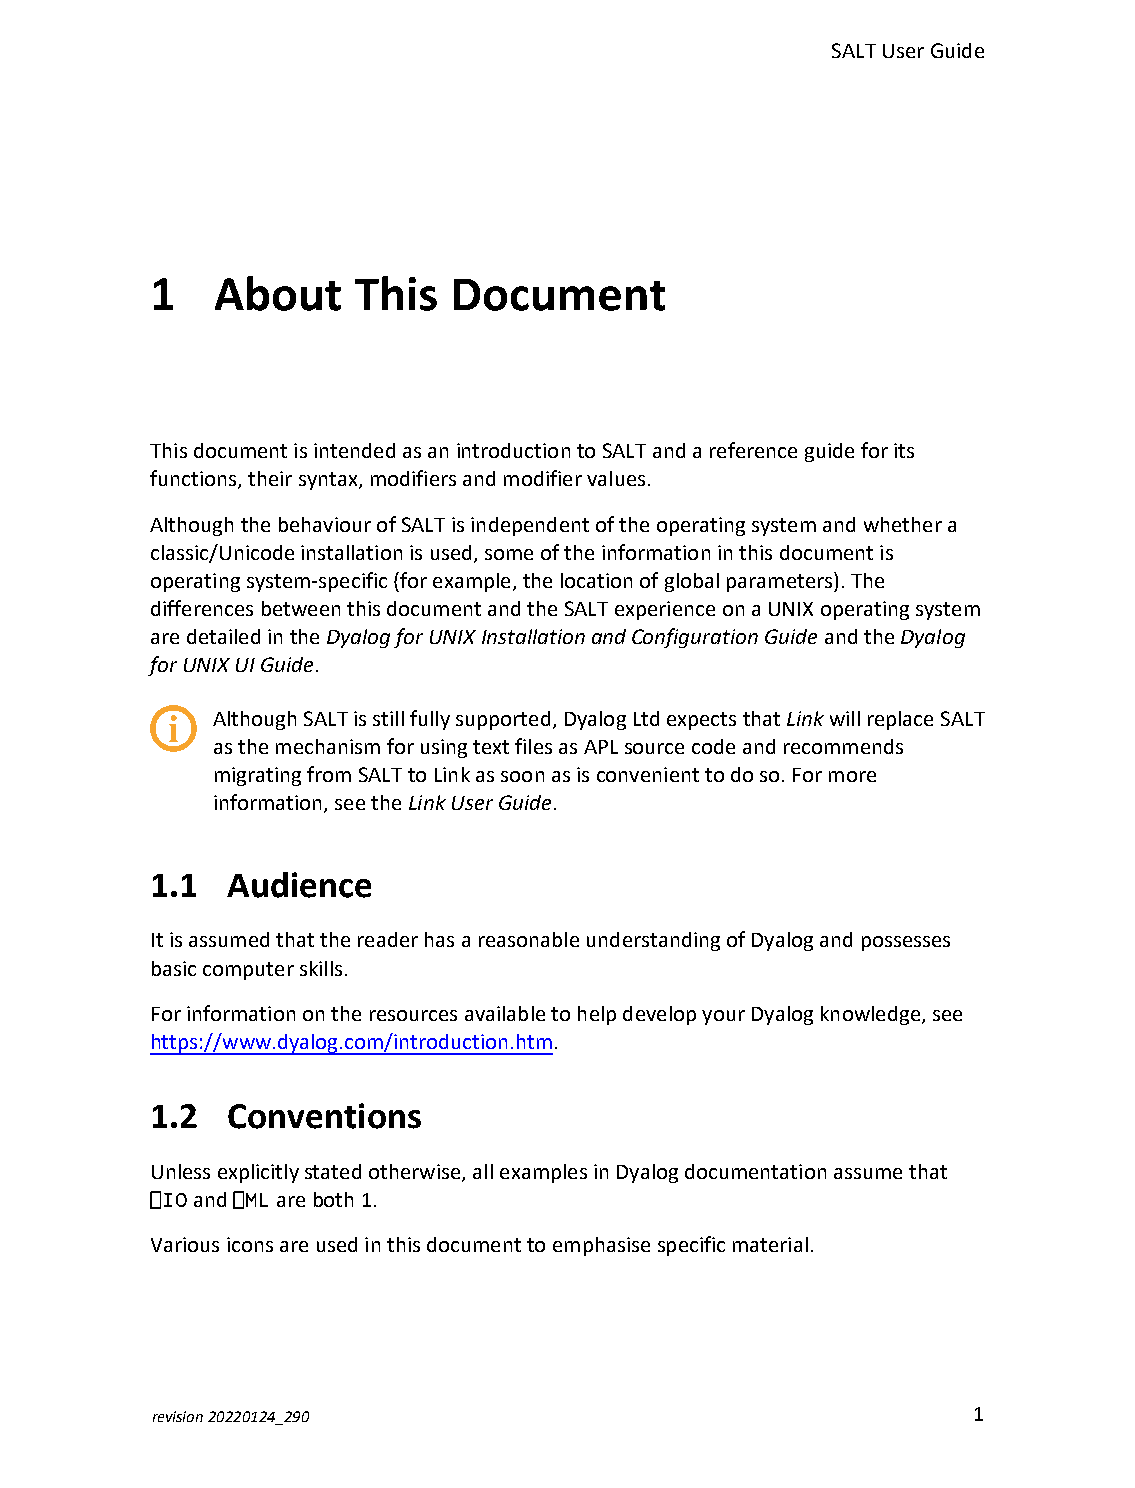
SALTUserGuide
 1   About    This   Document
 ThisdocumentisintendedasanintroductiontoSALTandareferenceguideforits
 functions,theirsyntax,modifiersandmodifiervalues.
 AlthoughthebehaviourofSALTisindependentoftheoperatingsystemandwhethera
 classic/Unicodeinstallationisused,someoftheinformationinthisdocumentis
 operatingsystem-specific(forexample,thelocationofglobalparameters).The
 differencesbetweenthisdocumentandtheSALTexperienceonaUNIXoperatingsystem
 aredetailedintheDyalogforUNIXInstallationandConfigurationGuideandtheDyalog
 forUNIXUIGuide.
 AlthoughSALTisstillfullysupported,DyalogLtdexpectsthatLinkwillreplaceSALT
 asthemechanismforusingtextfilesasAPLsourcecodeandrecommends
 migratingfromSALTtoLinkassoonasisconvenienttodoso.Formore
 information,seetheLinkUserGuide.
 1.1  Audience
 ItisassumedthatthereaderhasareasonableunderstandingofDyalogandpossesses
 basiccomputerskills.
 ForinformationontheresourcesavailabletohelpdevelopyourDyalogknowledge,see
 https://www.dyalog.com/introduction.htm.
 1.2  Conventions
 Unlessexplicitlystatedotherwise,allexamplesinDyalogdocumentationassumethat
 ⎕IOand⎕MLareboth1.
 Variousiconsareusedinthisdocumenttoemphasisespecificmaterial.
 revision20220124_290                                  1